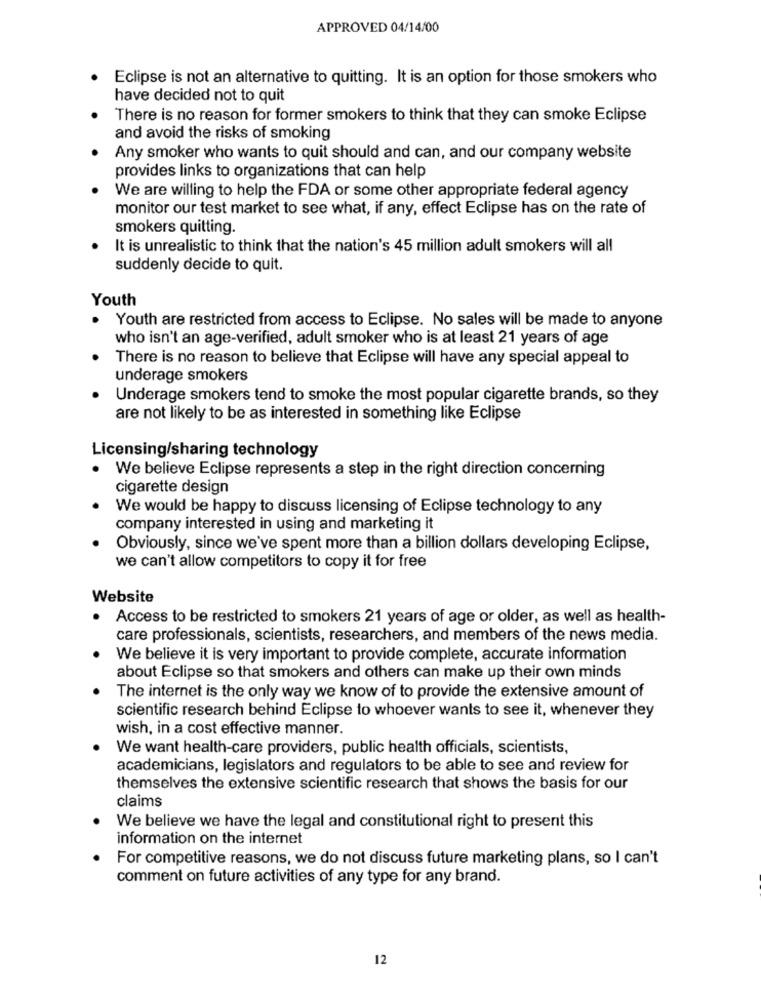
APPROVED 04/14/00
Eclipse is not an alternative to quitting. It is an option for those smokers who
have decided not to quit
There is no reason for former smokers to think that they can smoke Eclipse
and avoid the risks of smoking
Any smoker who wants to quit should and can, and our company website
provides links to organizations that can help
We are willing to help the FDA or some other appropriate federal agency
monitor our test market to see what, if any, effect Eclipse has on the rate of
smokers quitting.
It is unrealistic to think that the nation's 45 million adult smokers will all
suddenly decide to quit.
Youth
Youth are restricted from access to Eclipse. No sales will be made to anyone
.
who isn't an age-verified, adult smoker who is at least 21 years of age
There is no reason to believe that Eclipse will have any special appeal to
underage smokers
Underage smokers tend to smoke the most popular cigarette brands, so they
are not likely to be as interested in something like Eclipse
Licensing/sharing technology
We believe Eclipse represents a step in the right direction concerning
cigarette design
We would be happy to discuss licensing of Eclipse technology to any
company interested in using and marketing it
Obviously, since we've spent more than a billion dollars developing Eclipse,
we can't allow competitors to copy it for free
Website
Access to be restricted to smokers 21 years of age or older, as well as health-
care professionals, scientists, researchers, and members of the news media.
We believe it is very important to provide complete, accurate information
about Eclipse so that smokers and others can make up their own minds
The internet is the only way we know of to provide the extensive amount of
scientific research behind Eclipse to whoever wants to see it, whenever they
wish, in a cost effective manner.
We want health-care providers, public health officials, scientists,
academicians, legislators and regulators to be able to see and review for
themselves the extensive scientific research that shows the basis for our
claims
We believe we have the legal and constitutional right to present this
information on the internet
For competitive reasons, we do not discuss future marketing plans, so I can't
comment on future activities of any type for any brand.
12